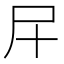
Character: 𱚰